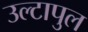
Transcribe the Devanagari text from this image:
उल्‍टापुल